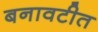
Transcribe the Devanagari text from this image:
बनावटीत